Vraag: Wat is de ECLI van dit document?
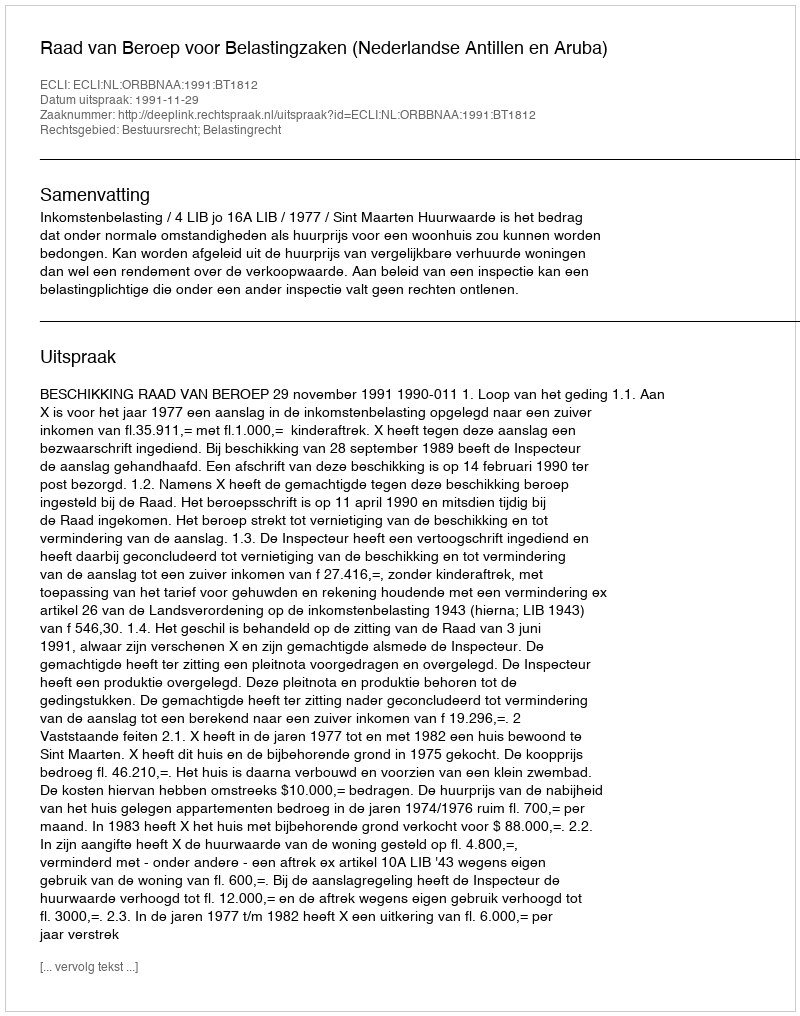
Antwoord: ECLI:NL:ORBBNAA:1991:BT1812